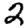
Digit: 2